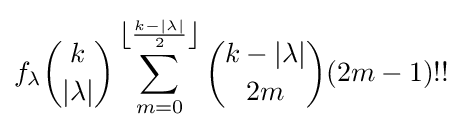
f_{\lambda }{\binom {k}{|\lambda |}}\sum _{m=0}^{\left\lfloor {\frac {k-|\lambda |}{2}}\right\rfloor }{\binom {k-|\lambda |}{2m}}(2m-1)!!